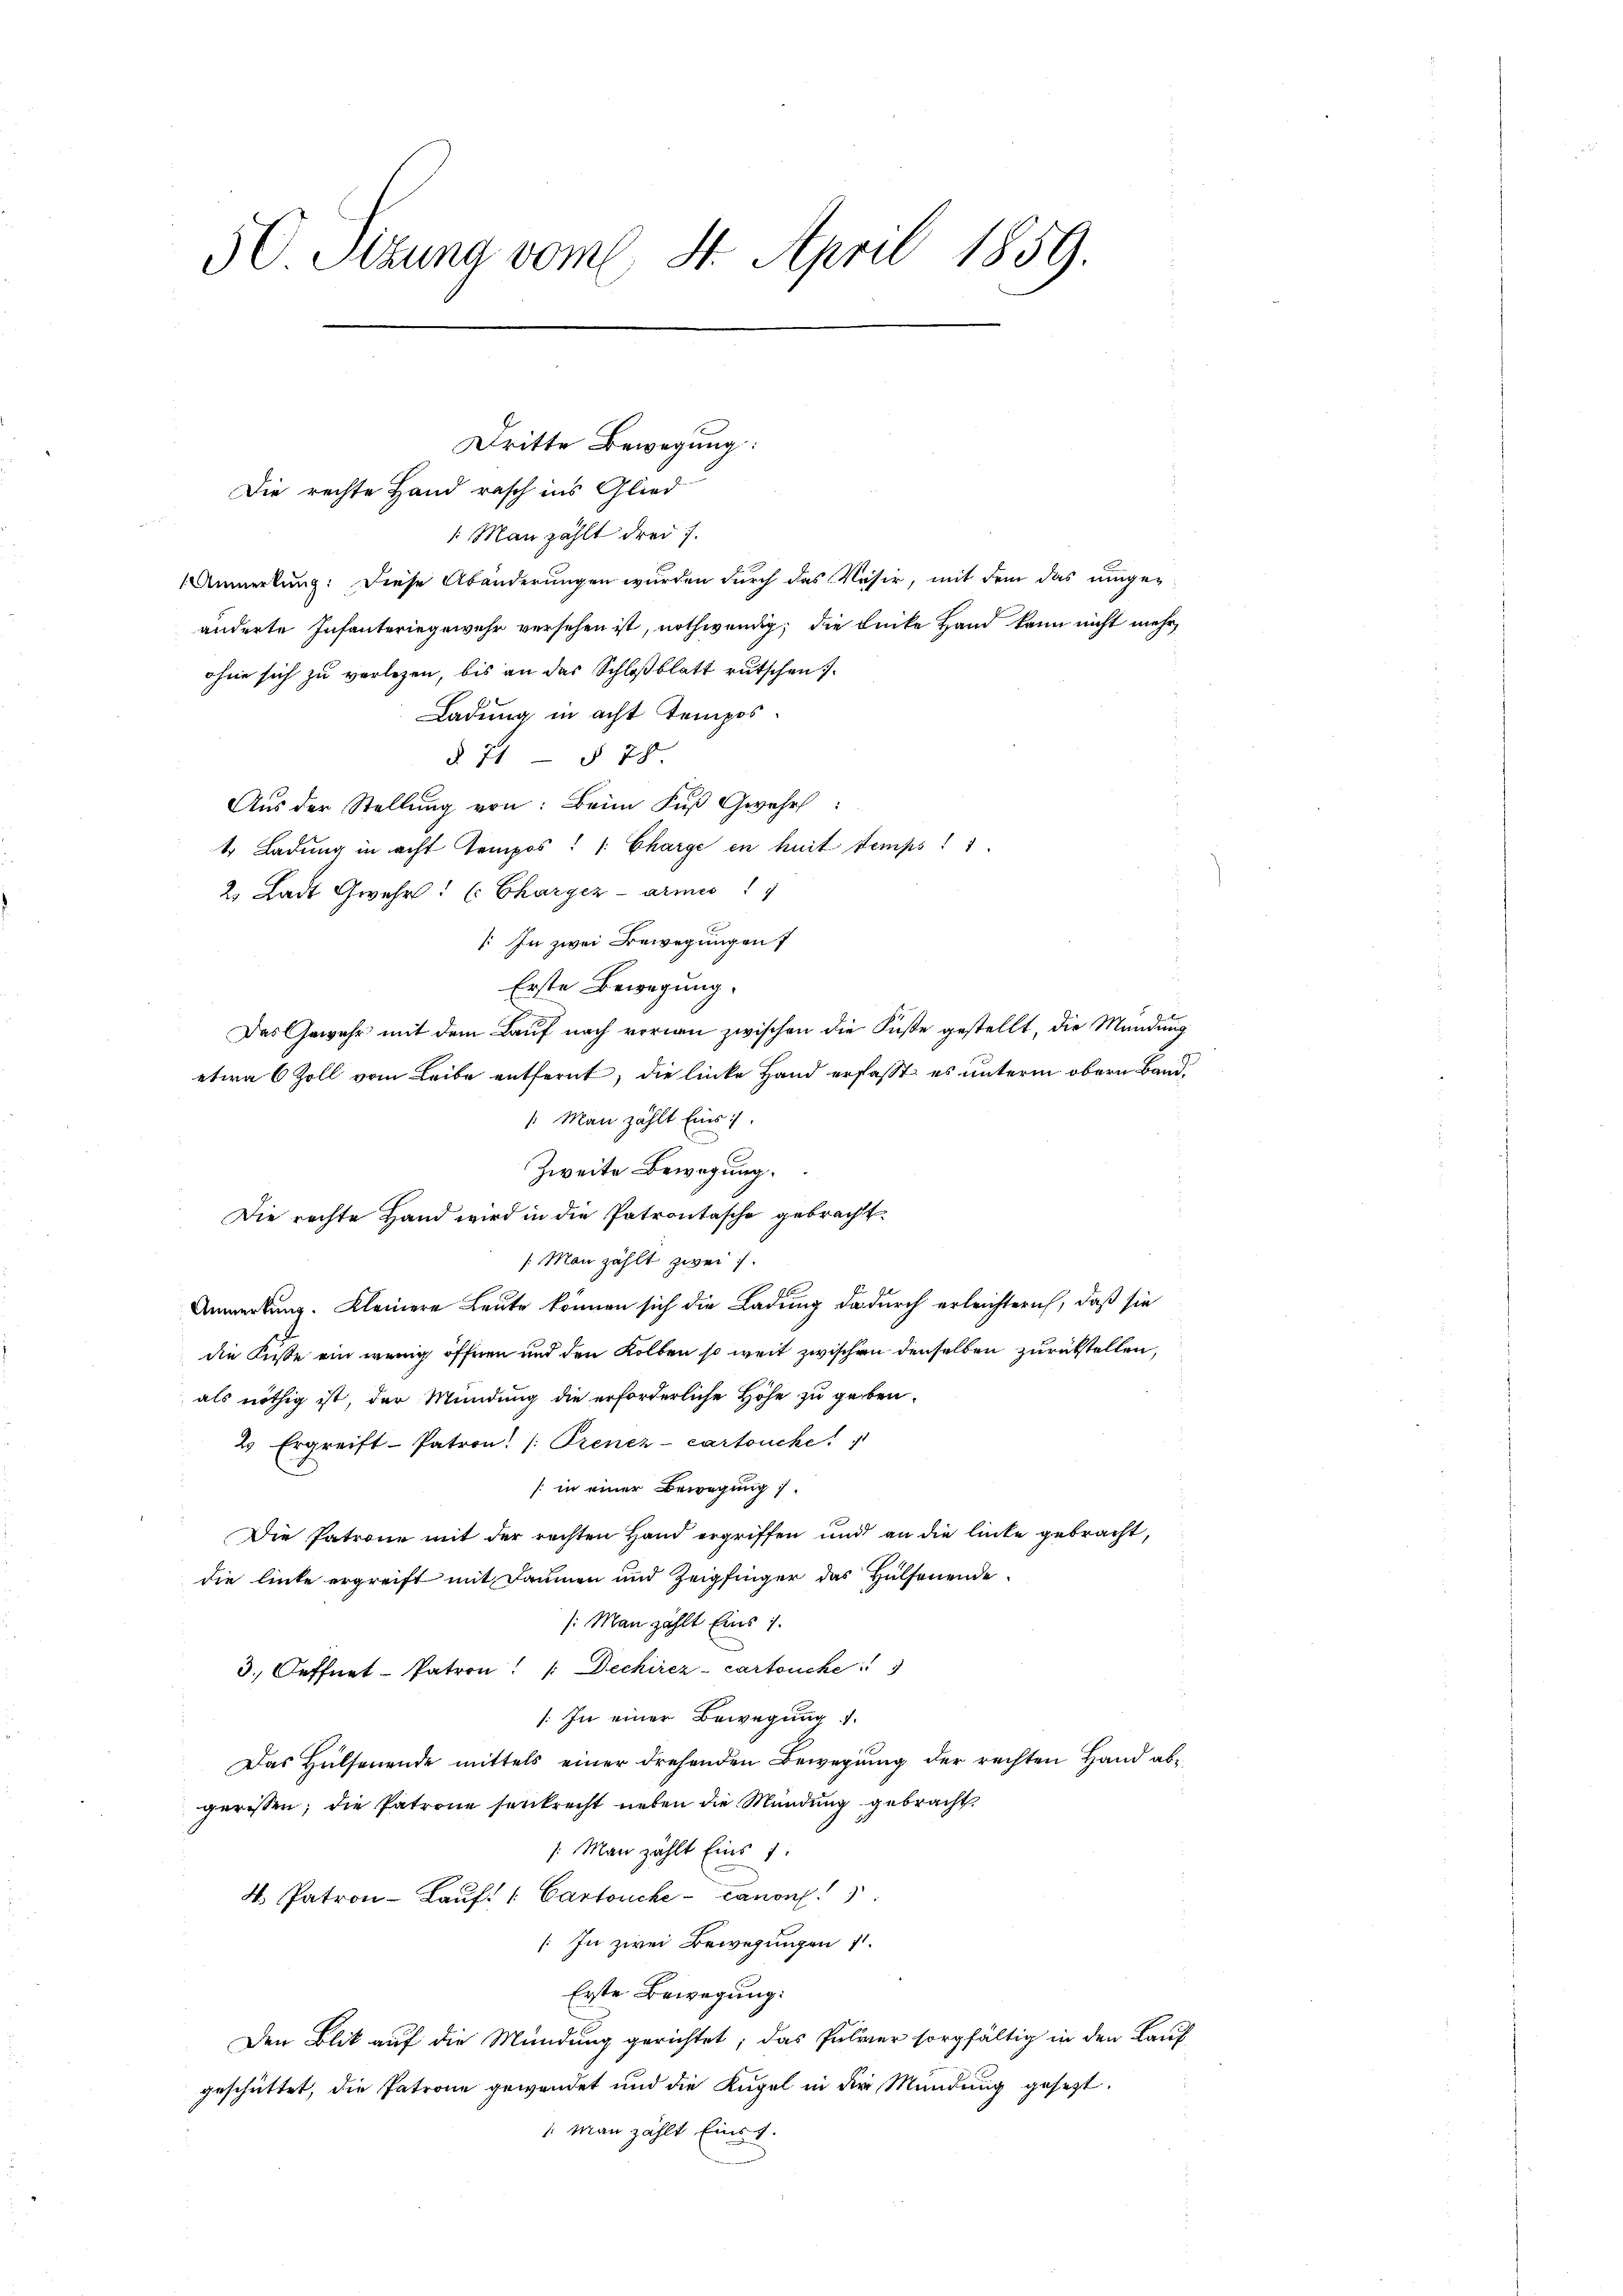
50 Sizung vom 4. April 1859.

Dritte Bewegung:
Die rechte Hand rasch ins Glied
1 Man zählt drei 7.
Anmerkung: Diese Abänderungen wurden durch das Vasir, mit dem das umgeänderte Infanteriegewehr versehen ist, nothwendig; die Lücke Hand kann nicht mehr,
ohne sich zu verlegen, bis an das Schloßblatt rutschen
Ladung in acht tempos¬
§. 71 § 78.
Aus der Stellung von: Beim Fuß Gwehr:
t Ladung in acht Tempos: 1. Charge en huit temps! 1.
2 Ladt Gwehr: (Charger armes
: In zwei Bewegungen
Erste Bewegung.
Das Gewehr mit dem Lauf nach vorin zwischen die Füße gestellt, die Mündung
etwa 6 Zoll vom Leibe entfernt, die linke Hand erfasst es unterm obern Band,
1 Man zählt Eins
Zweite Bewegung.
Die rechte Hand wird in die Patrontasche gebracht.
/. Man zählt zwei
Anmerkung. Kleinere Leute können sich die Ladung dadurch erleichtern, daß sie
die Küste ein wenig öffnen und den Kolben so weit zwischen denselben zurückstellen,
als nöthig ist, der Mündung die erforderliche Höhe zu geben.
2 Ergreift Patron. /: Prenez- cartoncke
/: in einer Bewegung
Die Patrone mit der rechten Hand ergriffen und an die linke gebracht,
die linte ergreift mit Daumen und Zeigfinger das Hülsenende
: Man zählt Eins 1.
3. Oeffnet - Patron! (Dechirez-Cartouche
: In einer Bewegung 1.
Das Hülsenende mittels einer drehenden Bewegung der rechten Hand abgerissen; die Patrone senkrecht neben die Mündung gebracht.
/. Man zählt Eins 1.
4. Patron-Lauf. / Cartouche canons
[In zwei Bewegungen 7.
Erste Bewegung:
Den Blick auf die Mündung gerichtet; das Pulver sorgfältig in den Kauf
geschüttet, die Patrone gewendet und die Kugel in der Mündung gesetzt
1. Man zählt Einst